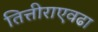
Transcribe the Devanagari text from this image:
तित्तीराएवढा